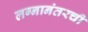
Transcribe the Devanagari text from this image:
लग्नानंतरची